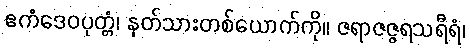
ဧကံဒေဝပုတ္တံ၊ နတ်သားတစ်ယောက်ကို။ ဇရာဇဇ္ဇရသရီရံ၊